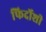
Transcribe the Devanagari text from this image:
फिर्दोशी